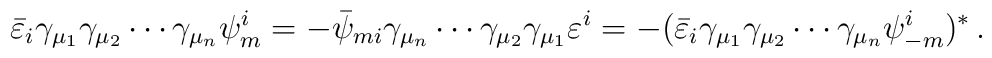
\bar{\varepsilon}_{i}\gamma_{\mu_{1}}\gamma_{\mu_{2}}\cdots\gamma_{\mu_{n}}\psi^{i}_{m}=-\bar{\psi}_{mi}\gamma_{\mu_{n}}\cdots\gamma_{\mu_{2}}\gamma_{\mu_{1}}\varepsilon^{i}=-(\bar{\varepsilon}_{i}\gamma_{\mu_{1}}\gamma_{\mu_{2}}\cdots\gamma_{\mu_{n}}\psi^{i}_{-m})^{*}\,.